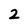
Character: 2